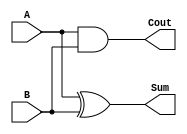
module half_adder (
    input A,
    input B,
    output Sum,
    output Cout
);

assign Sum = A ^ B;
assign Cout = A & B;

endmodule